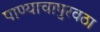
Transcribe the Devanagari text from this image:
पाण्याचापुरवठा